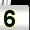
Digit: 5